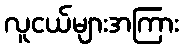
လူငယ်များအကြား